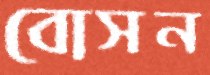
বোসন